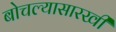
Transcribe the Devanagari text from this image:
बोचल्यासारखी